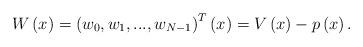
LaTeX: \begin{align*}W\left( x\right) =\left( w_{0},w_{1},...,w_{N-1}\right) ^{T}\left( x\right)=V\left( x\right) -p\left( x\right) . \end{align*}